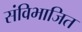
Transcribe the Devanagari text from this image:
संविभाजित